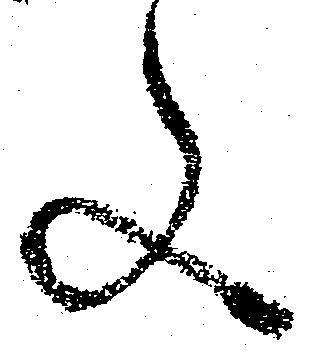
文